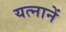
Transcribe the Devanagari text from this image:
यत्नानें